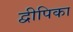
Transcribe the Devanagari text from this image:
द्वीपिका